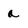
Character: a